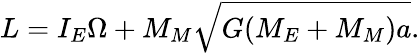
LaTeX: L=I_{E}\Omega+M_{M}\sqrt{G(M_{E}+M_{M})a}.